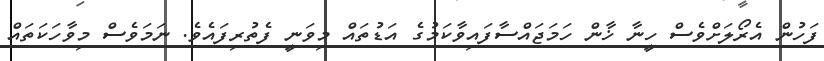
ފަހުން އެރޯލަށްވެސް ހީނާ ޚާން ހަމަޖައްސާފައިވާކަމުގެ އަޑުތައް މިވަނީ ފެތުރިފައެވެ. ނަމަވެސް މިވާހަކަތައް